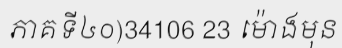
ភាគទី៤០)34106 23 ម៉ោងមុន